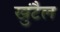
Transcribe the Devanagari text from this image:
खुंटैल